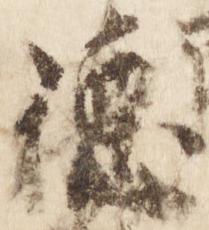
徳